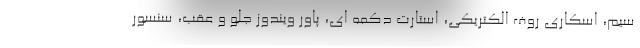
سیم، اسکاری روف الکتریکی، استارت دکمه ای، پاور ویندوز جلو و عقب، سنسور